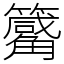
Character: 𥷑